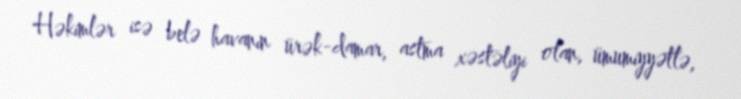
Həkimlər isə belə havanın ürək-damar, astma xəstəliyi olan, ümumiyyətlə,